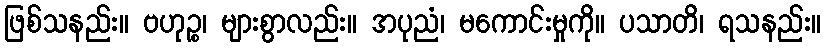
ဖြစ်သနည်း။ ဗဟုဉ္စ၊ များစွာလည်း။ အပုညံ၊ မကောင်းမှုကို။ ပသာတိ၊ ရသနည်း။